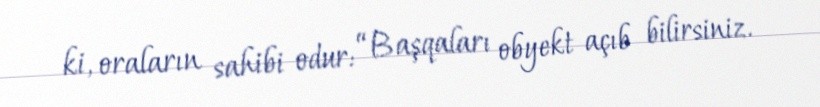
ki, oraların sahibi odur: “Başqaları obyekt açıb bilirsiniz.